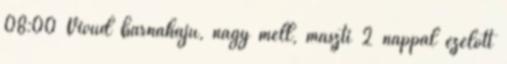
08:00 Vivud barnahajú, nagy mell, maszti 2 nappal ezelőtt